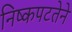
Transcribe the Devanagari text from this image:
निष्कपटतेने